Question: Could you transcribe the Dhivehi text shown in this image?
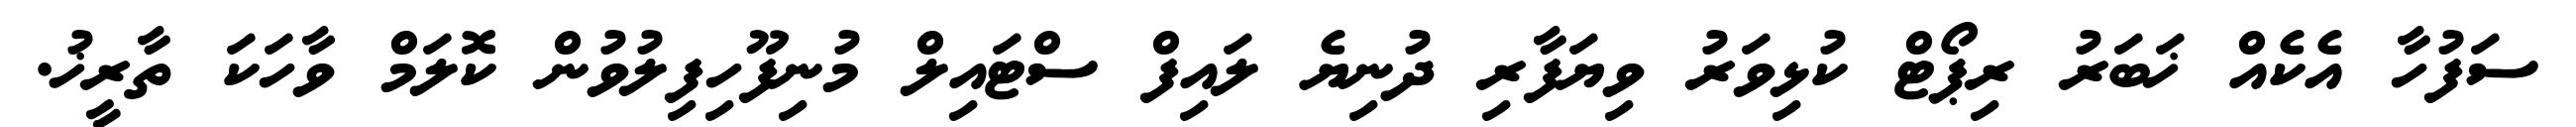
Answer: ސަފުހާ އެކެއް ޚަބަރު ރިޕޯޓް ކުޅިވަރު ވިޔަފާރި ދުނިޔެ ލައިފް ސްޓައިލް މުނިފޫހިފިލުވުން ކޮލަމް ވާހަކަ ތާރީޚު.